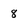
Character: 8